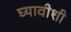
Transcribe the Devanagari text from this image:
घ्यावीशी